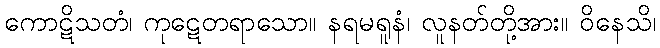
ကောဋိသတံ၊ ကုဋေတရာသော။ နရမရူနံ၊ လူနတ်တို့အား။ ဝိနေသိ၊